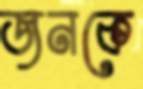
জনকে